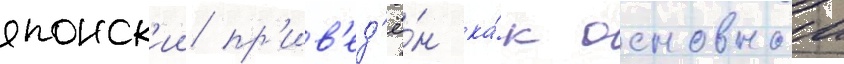
японск'ии пр'ив'ед'ё́н ка́к основнои